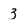
Character: 3